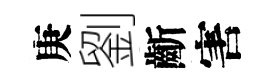
庚劉齗害